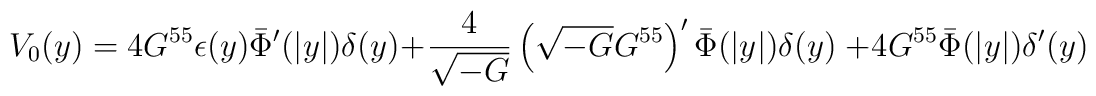
V_{0}(y)=4G^{55}\epsilon(y)\bar{\Phi}'(|y|)\delta(y)+\frac{4}{\sqrt{-G}}\left(\sqrt{-G}G^{55}\right)'\bar{\Phi}(|y|)\delta(y)\ +4G^{55}\bar{\Phi}(|y|)\delta'(y)